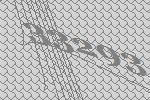
33293